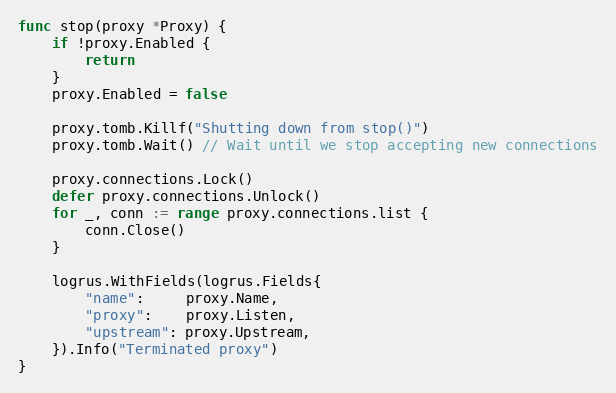
Language: Go
func stop(proxy *Proxy) {
	if !proxy.Enabled {
		return
	}
	proxy.Enabled = false

	proxy.tomb.Killf("Shutting down from stop()")
	proxy.tomb.Wait() // Wait until we stop accepting new connections

	proxy.connections.Lock()
	defer proxy.connections.Unlock()
	for _, conn := range proxy.connections.list {
		conn.Close()
	}

	logrus.WithFields(logrus.Fields{
		"name":     proxy.Name,
		"proxy":    proxy.Listen,
		"upstream": proxy.Upstream,
	}).Info("Terminated proxy")
}